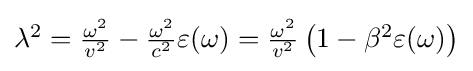
{\textstyle \lambda ^{2}={\frac {\omega ^{2}}{v^{2}}}-{\frac {\omega ^{2}}{c^{2}}}\varepsilon (\omega )={\frac {\omega ^{2}}{v^{2}}}\left(1-\beta ^{2}\varepsilon (\omega )\right)}